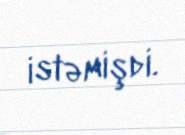
istəmişdi.